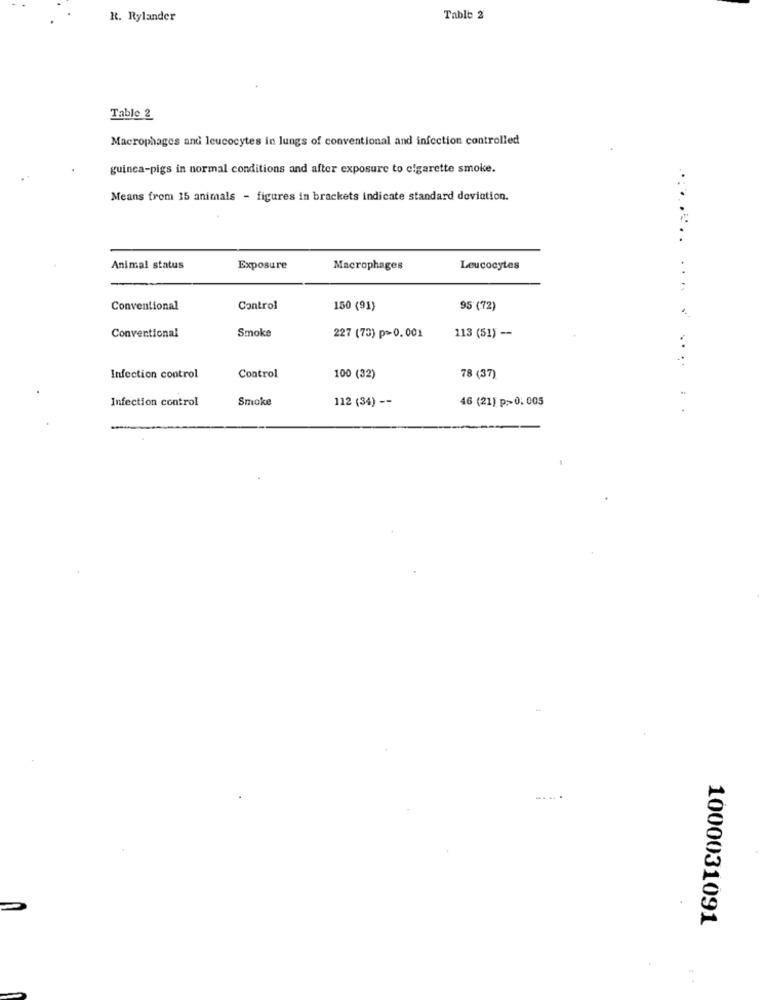
R. Rylander
Table 2
Table 2
Macrophages and leucocytes in lungs of conventional and infection controlled
guinca-pigs in normal conditions and after exposure to cigarette smoke.
Means from 15 animals - figures in brackets indicate standard deviation.
..
Animal status
Exposure
Macrophages
Leucocytes
Conventional
Control
150 (91)
95 (72)
Conventional
Smoke
227 (73) p=0.001
113 (51) --
..
..
Infection control
Control
100 (32)
78 (37)
Infection control
Smoke
112 (34) --
46 (21) p=0. 005
.
......
1000031091